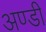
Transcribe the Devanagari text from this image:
अण्डी